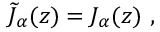
\widetilde J _ { \alpha } ( z ) = J _ { \alpha } ( z ) ~ ,